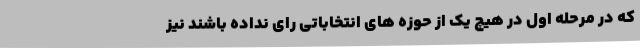
که در مرحله اول در هیچ یک از حوزه های انتخاباتی رای نداده باشند نیز